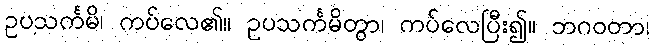
ဥပသင်္ကမိ၊ ကပ်လေ၏။ ဥပသင်္ကမိတွာ၊ ကပ်လေပြီး၍။ ဘဂဝတာ၊